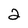
Character: 2